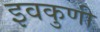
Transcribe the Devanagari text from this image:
इवकुणी